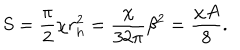
S = { \frac { \pi } { 2 } } \chi r _ { h } ^ { 2 } = { \frac { \chi } { 3 2 \pi } } \beta ^ { 2 } = { \frac { \chi A } { 8 } } .